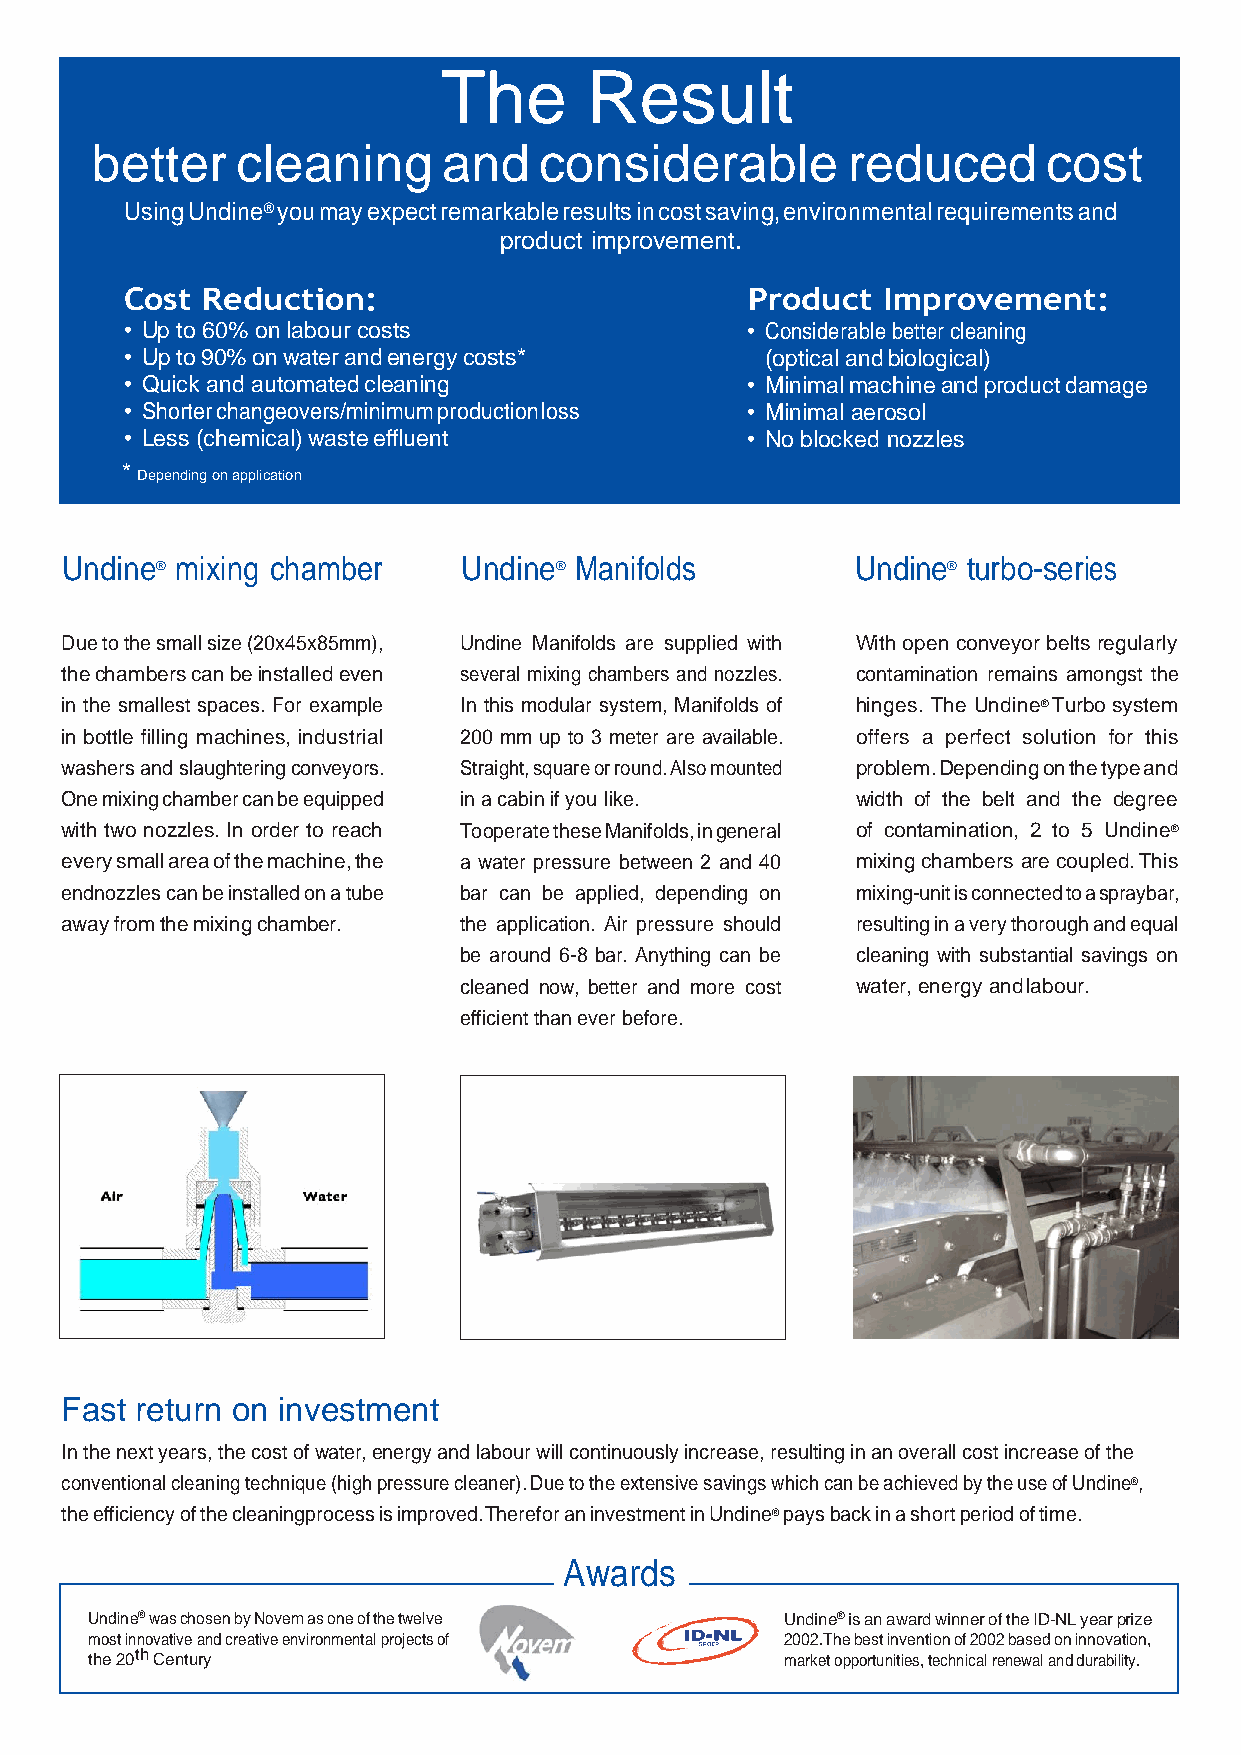
The       Result
 better    cleaning     and    considerable        reduced      cost
 Using Undine® you may expect remarkable results in cost saving, environmental requirements and
 product improvement.
 Cost Reduction:                          Product  Improvement:
 • Up to 60% on labour costs              • Considerable better cleaning
 • Up to 90% on water and energy costs*     (optical and biological)
 • Quick and automated cleaning           • Minimal machine and product damage
 • Shorter changeovers/minimum production loss • Minimal aerosol
 • Less (chemical) waste effluent         • No blocked nozzles
 *
 Depending on application
 Undine® mixing chamber     Undine® Manifolds         Undine® turbo-series
 Due to the small size (20x45x85mm), Undine Manifolds are supplied with With open conveyor belts regularly
 the chambers can be installed even several mixing chambers and nozzles. contamination remains amongst the
 in the smallest spaces. For example In this modular system, Manifolds of hinges. The Undine® Turbo system
 in bottle filling machines, industrial 200 mm up to 3 meter are available. offers a perfect solution for this
 washers and slaughtering conveyors. Straight, square or round. Also mounted problem. Depending on the type and
 One mixing chamber can be equipped in a cabin if you like. width of the belt and the degree
 with two nozzles. In order to reach To operate these Manifolds, in general of contamination, 2 to 5 Undine®
 every small area of the machine, the a water pressure between 2 and 40 mixing chambers are coupled. This
 endnozzles can be installed on a tube bar can be applied, depending on mixing-unit is connected to a spraybar,
 away from the mixing chamber. the application. Air pressure should resulting in a very thorough and equal
 be around 6-8 bar. Anything can be cleaning with substantial savings on
 cleaned now, better and more cost water, energy and labour.
 efficient than ever before.
 Fast return on investment
 In the next years, the cost of water, energy and labour will continuously increase, resulting in an overall cost increase of the
 conventional cleaning technique (high pressure cleaner). Due to the extensive savings which can be achieved by the use of Undine®,
 the efficiency of the cleaningprocess is improved. Therefor an investment in Undine® pays back in a short period of time.
 Awards
 Undine® was chosen by Novem as one of the twelve Undine® is an award winner of the ID-NL year prize
 most innovative and creative environmental projects of 2002.The best invention of 2002 based on innovation,
 the 20th Century                              market opportunities, technical renewal and durability.